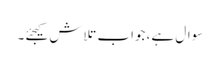
سوال ہے، جواب تلاش کیجئے۔